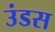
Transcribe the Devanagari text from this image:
उंडस